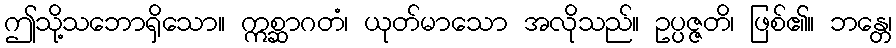
ဤသို့သဘောရှိသော။ ဣစ္ဆာဂတံ၊ ယုတ်မာသော အလိုသည်။ ဥပ္ပဇ္ဇတိ၊ ဖြစ်၏။ ဘန္တေ၊